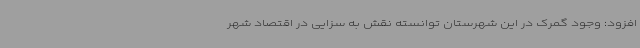
افزود: وجود گمرک در این شهرستان توانسته نقش به سزایی در اقتصاد شهر